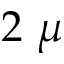
2 ~ \mu